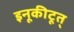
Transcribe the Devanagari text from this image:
इनूकीटूत्